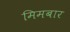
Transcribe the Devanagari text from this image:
मिमबार